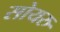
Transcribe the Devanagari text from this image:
सोयरु